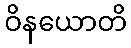
ဝိနယောတိ